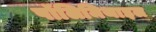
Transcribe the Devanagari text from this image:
पॉलिमिथाइल